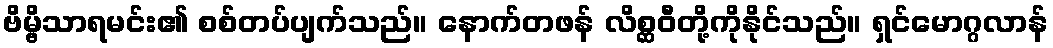
ဗိမ္ဗိသာရမင်း၏ စစ်တပ်ပျက်သည်။ နောက်တဖန် လိစ္ဆဝီတို့ကိုနိုင်သည်။ ရှင်မောဂ္ဂလာန်